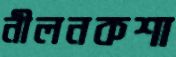
নীলনকশা